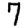
Digit: 7